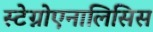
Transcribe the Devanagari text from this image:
स्टेग्नोएनालिसिस